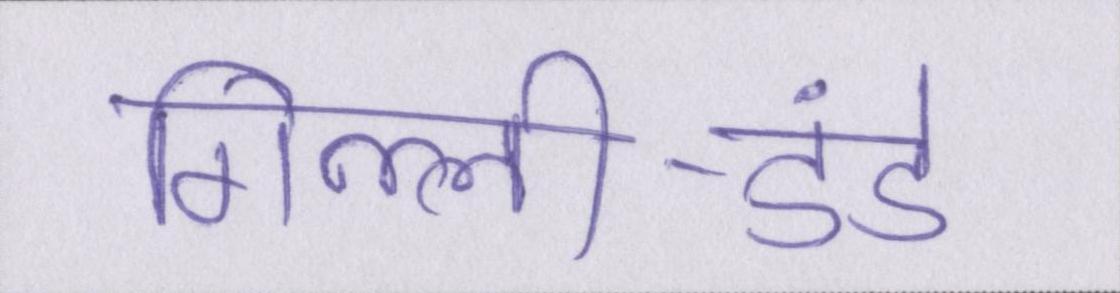
गिल्ली-डंडे